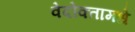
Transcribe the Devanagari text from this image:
वेदोक्तामधे